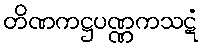
တိဏကဋ္ဌပဏ္ဏကသဋံ